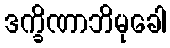
ဒက္ခိဏာဘိမုခေါ